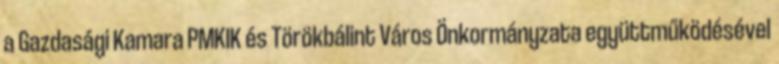
a Gazdasági Kamara PMKIK és Törökbálint Város Önkormányzata együttműködésével